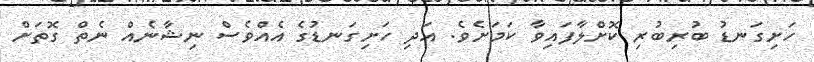
ހަށިގަނޑު ބުރިބުރި ކޮށްލާފައިވާ ކަމަށެވެ. އަދި ހަށިގަނޑުގެ އެއްވެސް ނިޝާނެއް ނެތް ގޮތަށް